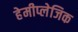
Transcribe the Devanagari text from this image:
हेमीप्लेजिक